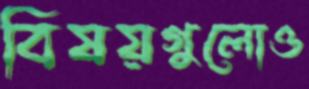
বিষয়গুলোও